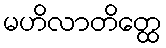
မဟိလာတိတ္ထေ